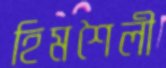
হিমশৈলী